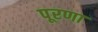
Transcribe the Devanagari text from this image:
पूरणा